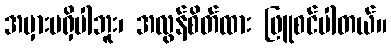
အမှားမရှိပါဘူး၊ အလွန်စိတ်ထား ဖြူစင်ပါတယ်။